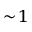
\sim \! 1